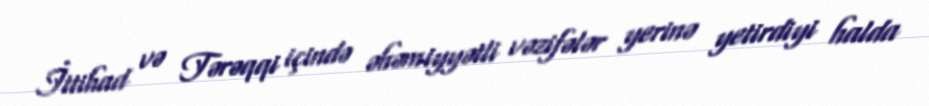
İttihad və Tərəqqi içində əhəmiyyətli vəzifələr yerinə yetirdiyi halda